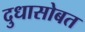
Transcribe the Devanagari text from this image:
दुधासोबत